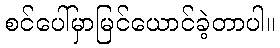
စင်ပေါ်မှာမြင်ယောင်ခဲ့တာပါ။